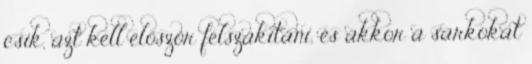
csík, azt kell először felszakítani, és akkor a sarkokat